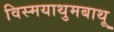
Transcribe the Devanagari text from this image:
विस्मयाथुमबाथू